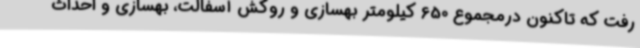
رفت که تاکنون درمجموع 650 کیلومتر بهسازی و روکش آسفالت، بهسازی و احداث